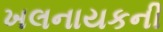
ખલનાયકની